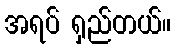
အရပ် ရှည်တယ်။